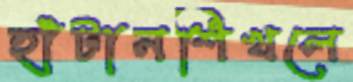
হাঁটানশিখলে